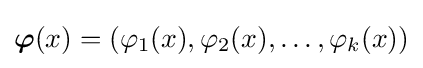
{\boldsymbol {\varphi }}(x)=(\varphi _{1}(x),\varphi _{2}(x),\ldots ,\varphi _{k}(x))